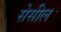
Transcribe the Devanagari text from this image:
सेसील